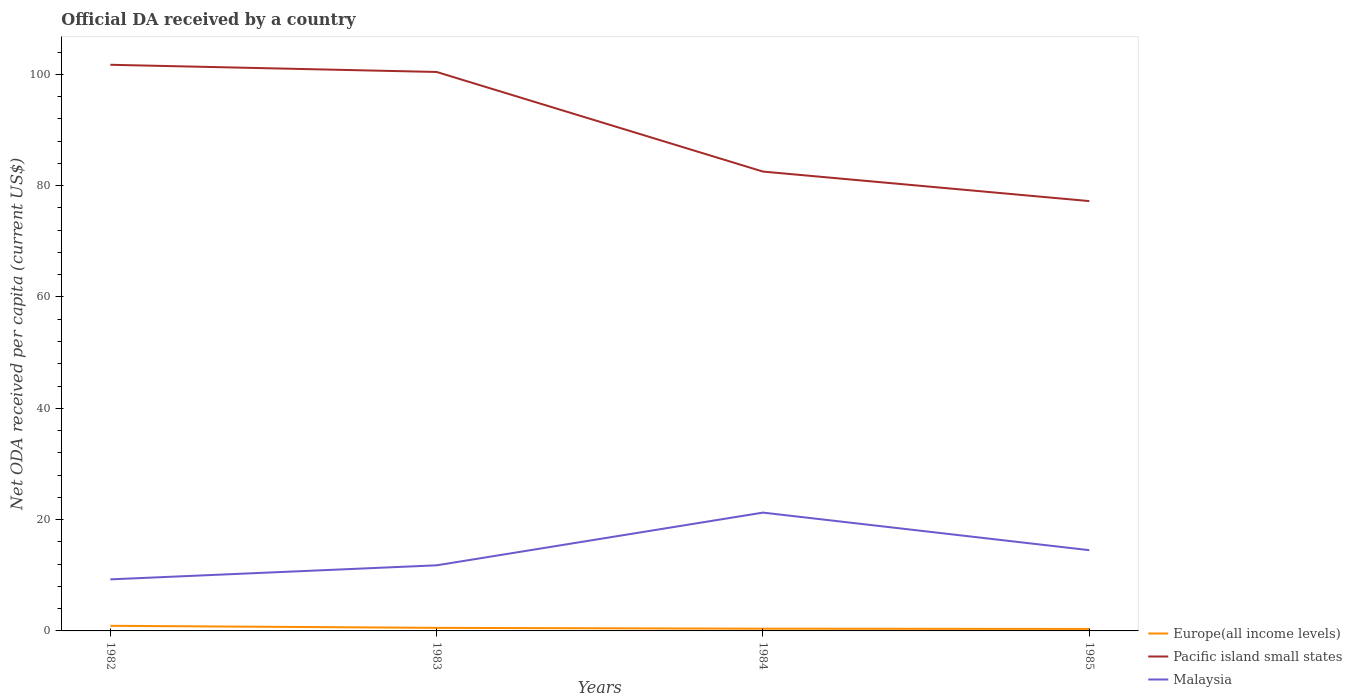
| Years | Europe(all income levels) | Pacific island small states | Malaysia |
 | --- | --- | --- | --- |
 | 1982 | 0.92 | 102 | 9.26 |
 | 1983 | 0.551 | 100 | 11.8 |
 | 1984 | 0.4 | 82.5 | 21.3 |
 | 1985 | 0.359 | 77.2 | 14.5 |